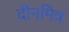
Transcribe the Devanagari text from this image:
दीनमित्र